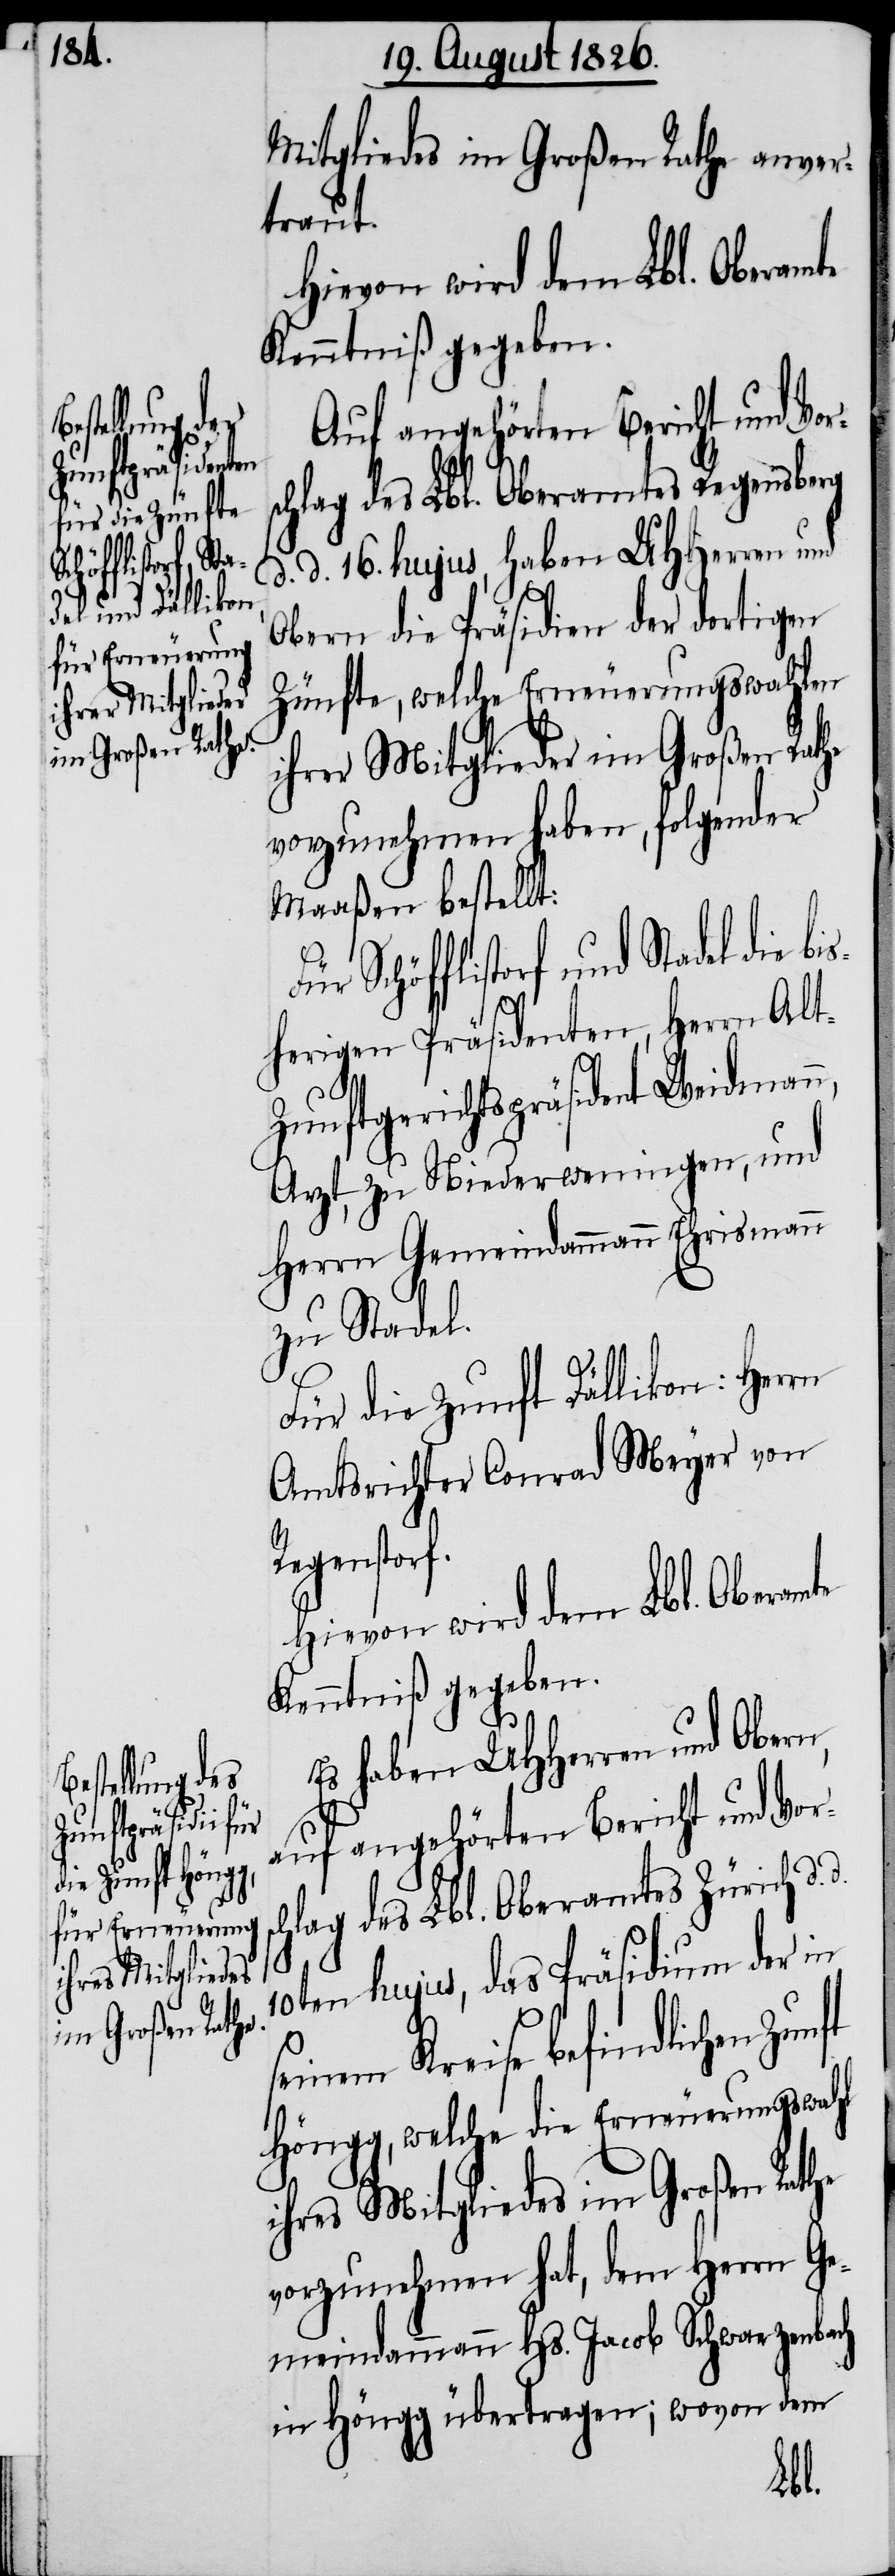
Mitgliedes im Großen Rathe anver¬
traut.
Hievon wird dem Lbl. Oberamte
Kenntniß gegeben.
Auf angehörten Bericht und Vor¬
schlag des Lbl. Oberamtes Regensberg
d. d. 16. hujus, haben MHHerren und
Obern die Präsidien der dortigen
Zünfte, welche Erneuerungswahlen
ihrer Mitglieder im Großen Rathe
vorzunehmen haben, folgender
Maaßen bestellt:
Schöfflistorf und Stadel die b¬
herigen Präsidenten, Herr Al¬
t-Zunftgerichtspräsident Weidman¬
Arzt, zu Niederwenigen, und
Herrn Gemeindammann Ehrismann
zu Stadel.
d.
Es haben MHHerren und Obern,
auf angehörten Bericht und Vor¬
hlag des Lbl. Oberamtes Zürich d.
10ten hujus, das Präsidium der in
seinem Kreise befindlichen
Höngg, welche die Erneuerungswahl
ihres Mitgliedes im Großen Rathe
vorzunehmen hat, dem Herrn Ge¬
meindammann Hs. Jacob Schwarzenbach
in Höngg übertragen; wovon dem